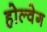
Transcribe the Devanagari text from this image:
होल्वेग